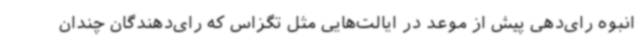
انبوه رای‌دهی پیش از موعد در ایالت‌هایی مثل تگزاس که رای‌دهندگان چندان